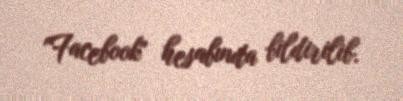
"Facebook" hesabında bildirilib.